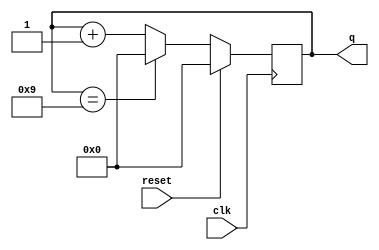
module top_module (
    input clk,
    input reset,        // Synchronous active-high reset
    output [3:0] q);
	always @(posedge clk) begin
        if (reset) begin
            q <= 4'b0;
        end else begin
            q <= (q==4'b1001) ? 4'b0 : q + 4'b1;
        end
    end
endmodule